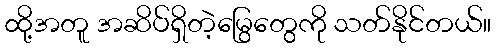
ထို့အတူ အဆိပ်ရှိတဲ့မြွေတွေကို သတ်နိုင်တယ်။